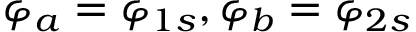
\varphi _ { a } = \varphi _ { 1 s } , \varphi _ { b } = \varphi _ { 2 s }